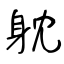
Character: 躭